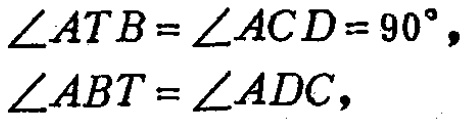
$\angle ATB=\angle ACD = 90^{\circ},\\\angle ABT=\angle ADC,$